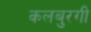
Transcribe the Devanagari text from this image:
कलबुरगी